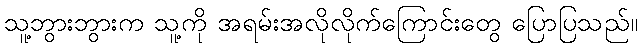
သူ့ဘွားဘွားက သူ့ကို အရမ်းအလိုလိုက်ကြောင်းတွေ ပြောပြသည်။